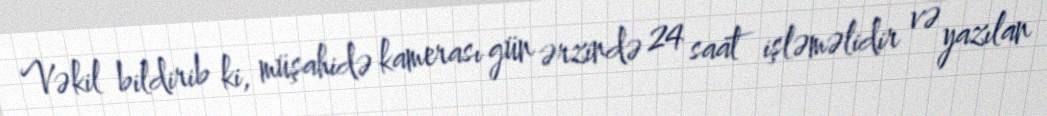
Vəkil bildirib ki, müşahidə kamerası gün ərzində 24 saat işləməlidir və yazılan